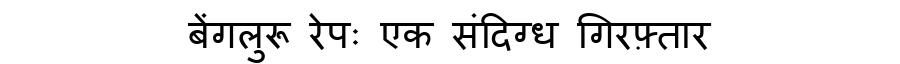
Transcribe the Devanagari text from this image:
बेंगलुरू रेपः एक संदिग्ध गिरफ़्तार